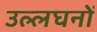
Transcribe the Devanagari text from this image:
उल्लघनों